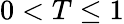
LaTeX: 0<T\le 1